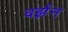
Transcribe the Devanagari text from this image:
वर्झ़न